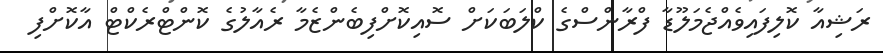
ރަޝިއާ ކޮލިފައިވެއްޖެމަލޫޑާ ފްރާންސްގެ ކްލަބަކަށް ސޮއިކޮށްފިބެންޒެމާ ރެއާލުގެ ކޮންޓްރެކްޓް އާކޮށްފި